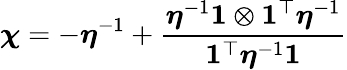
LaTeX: \boldsymbol{\chi}=-\boldsymbol{\eta}^{-1}+\frac{\boldsymbol{\eta}^{-1}\mathbf{1}\otimes\mathbf{1}^{\top}\boldsymbol{\eta}^{-1}}{\mathbf{1}^{\top}\boldsymbol{\eta}^{-1}\mathbf{1}}